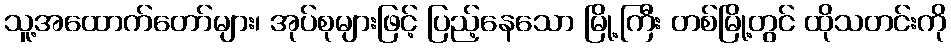
သူ့အထောက်တော်များ၊ အုပ်စုများဖြင့် ပြည့်နေသော မြို့ကြီး တစ်မြို့တွင် ထိုသတင်းကို